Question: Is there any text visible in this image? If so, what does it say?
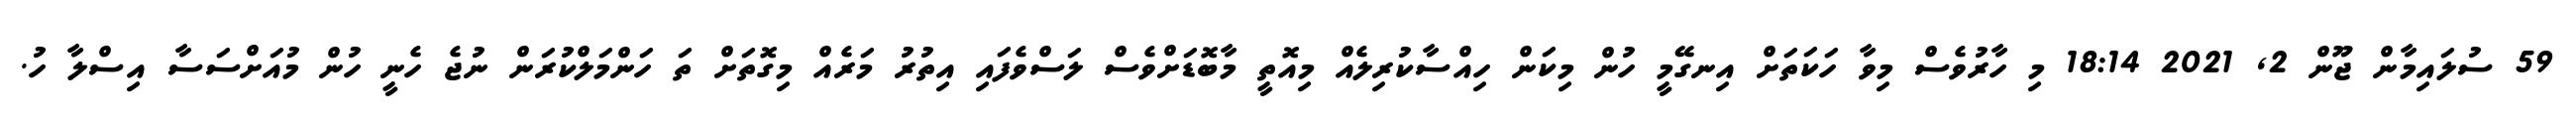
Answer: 59 ސުލައިމާން ޖޫން 2, 2021 18:14 މި ހާރުވެސް މިވާ ހަކަތަށް އިނގޭމީ ހުން މިކަން ހިއްސާކުރިލެއް މިއޮތީ މާބޮޑަށްވެސް ލަސްވެފައި އިތުރު މަރެއް މިގޮތަށް ތަ ހަންމަލްކުރަން ނުޖެ ހެނީ ހުން މުއަށްސަސާ އިސްލާ ހު.